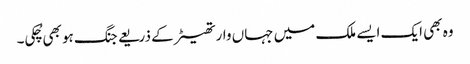
وہ بھی ایک ایسے ملک میں جہاں وار تھیٹر کے ذریعے جنگ ہو بھی چُکی۔